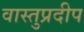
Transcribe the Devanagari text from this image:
वास्तुप्रदीप